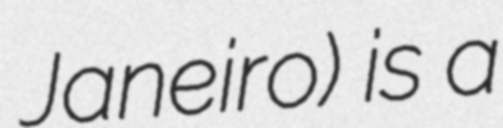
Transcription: Janeiro) is a